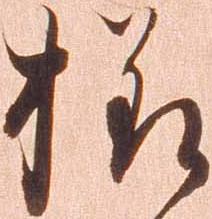
様